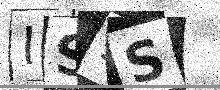
Text: IS9S